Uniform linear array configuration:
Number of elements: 64
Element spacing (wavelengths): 0.5
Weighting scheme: blackman
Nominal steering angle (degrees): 15
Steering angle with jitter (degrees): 13.895
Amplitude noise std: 0.05
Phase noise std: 0.05

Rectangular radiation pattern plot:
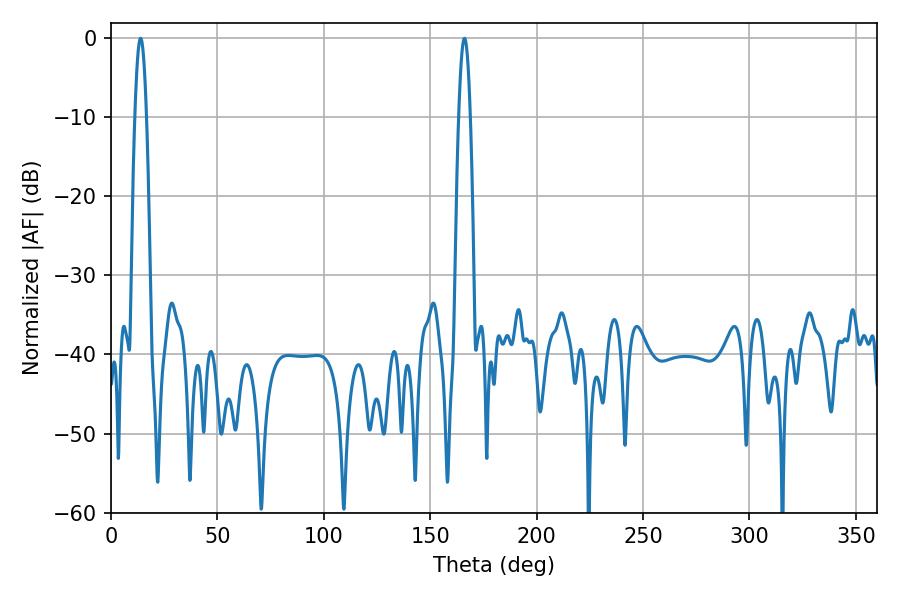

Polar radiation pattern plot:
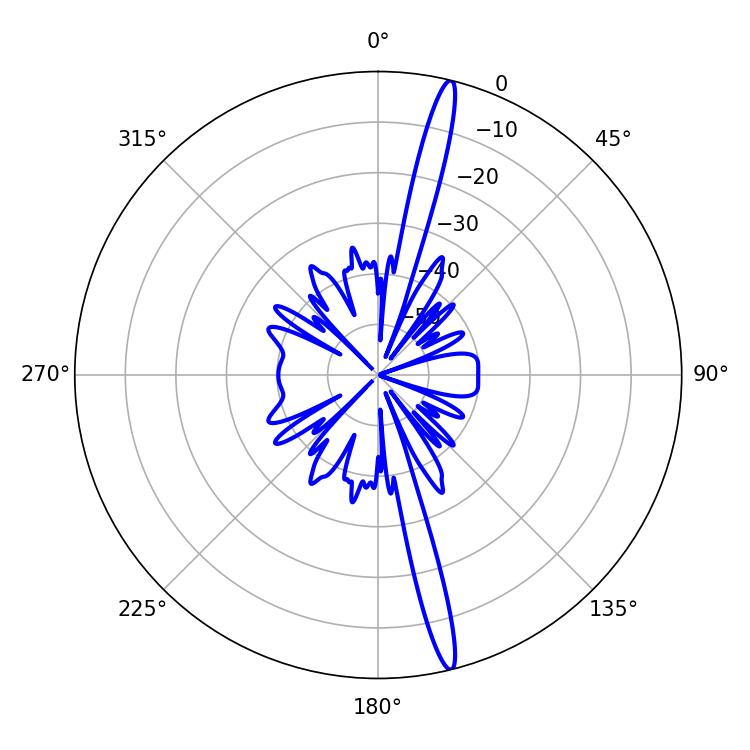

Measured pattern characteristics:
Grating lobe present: FALSE
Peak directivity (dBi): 18.644
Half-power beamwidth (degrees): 2.88
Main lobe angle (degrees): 13.86